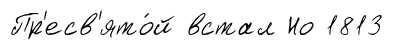
Пр'есв'ято́й встал Но 1813